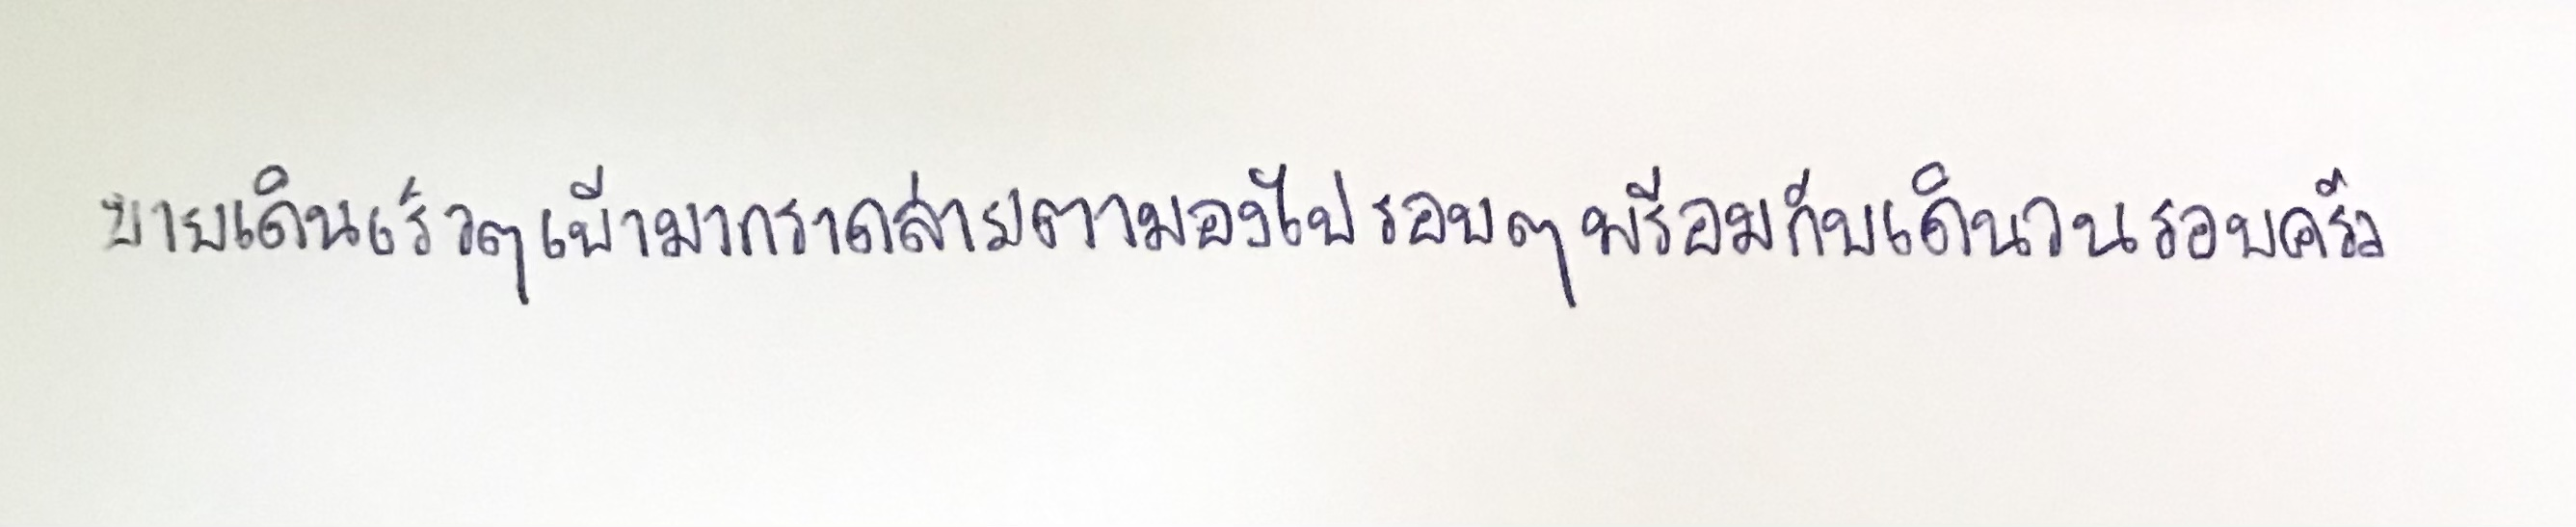
ยายเดินเร็วๆเข้ามากราดสายตามองไปรอบๆพร้อมกับเดินวนรอบครัว